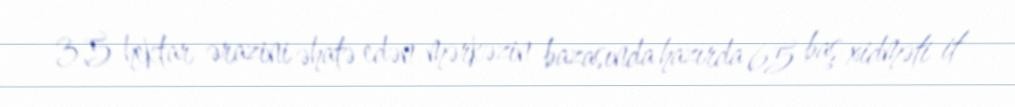
3,5 hektar ərazini əhatə edən mərkəzin bazasında hazırda 65 baş xidməti it